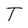
Character: T